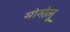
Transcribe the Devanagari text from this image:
सोमोलू